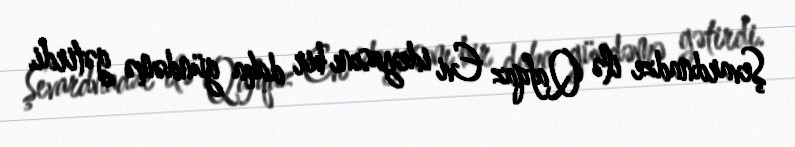
Şevardnadze ilə Qafqaz Evi ideyasını bir daha gündəmə gətirdi.